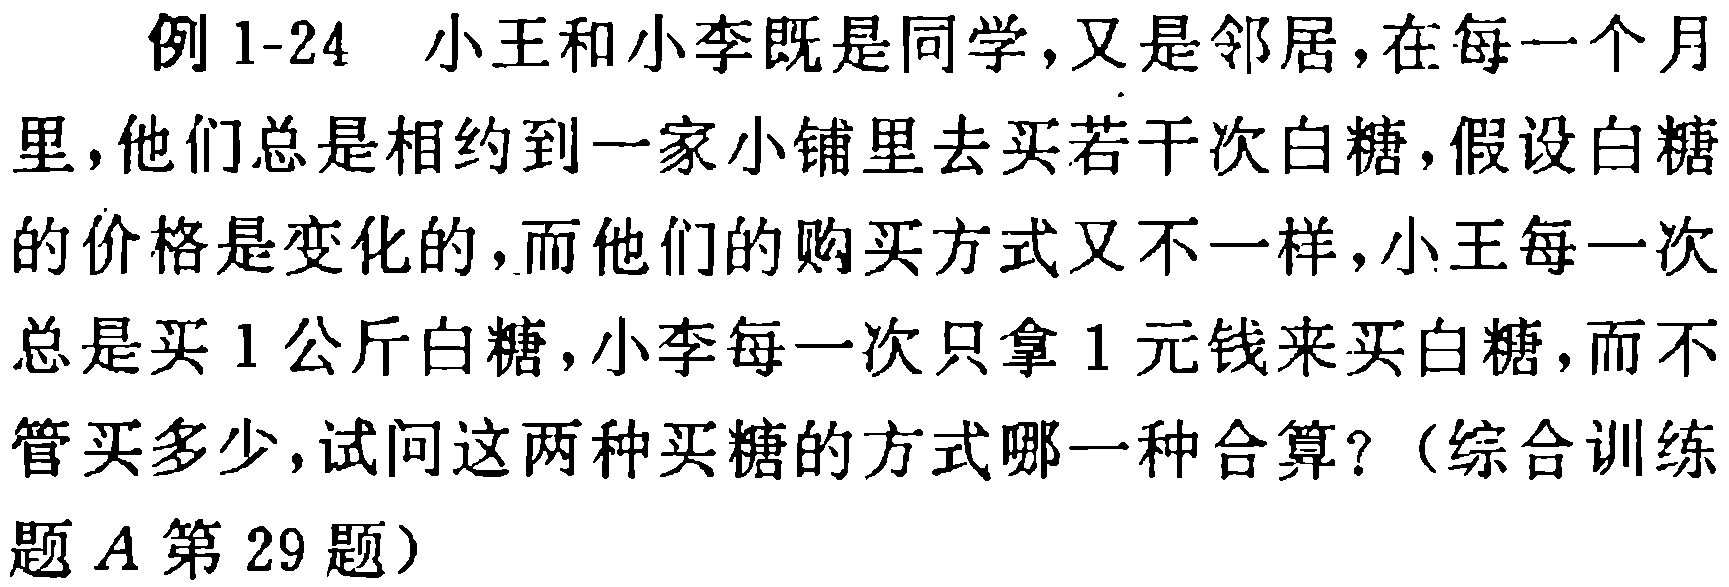
例1-24 小王和小李既是同学,又是邻居,在每一个月里,他们总是相约到一家小铺里去买若干次白糖,假设白糖的价格是变化的,而他们的购买方式又不一样,小王每一次总是买1公斤白糖,小李每一次只拿1元钱来买白糖,而不管买多少,试问这两种买糖的方式哪一种合算?（综合训练题A第29题）